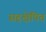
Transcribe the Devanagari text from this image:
सहक्षेपित